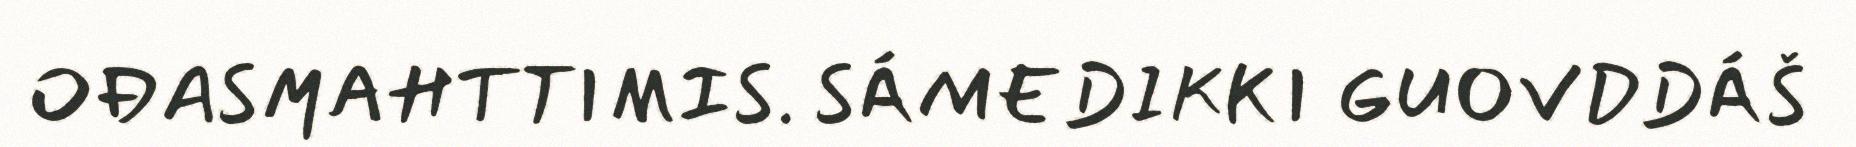
OĐASMAHTTIMIS. SÁMEDIKKI GUOVDDÁŠ